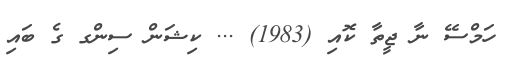
ހަމްސޭ ނާ ޖީތާ ކޮއި (1983) ... ކިޝަން ސިންގ ގެ ބައި